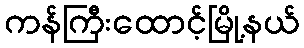
ကန်ကြီးထောင့်မြို့နယ်